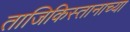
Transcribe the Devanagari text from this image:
ताजिकिस्तानाच्या